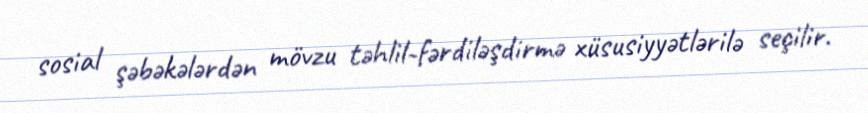
sosial şəbəkələrdən mövzu təhlil-fərdiləşdirmə xüsusiyyətlərilə seçilir.